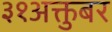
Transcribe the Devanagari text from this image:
३१अक्तुबर